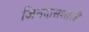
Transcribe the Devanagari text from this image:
जिनदासशास्त्री